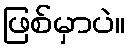
ဖြစ်မှာပဲ။